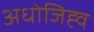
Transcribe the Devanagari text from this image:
अधोजिह्व